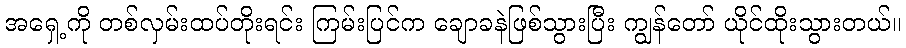
အရှေ့ကို တစ်လှမ်းထပ်တိုးရင်း ကြမ်းပြင်က ချောခနဲဖြစ်သွားပြီး ကျွန်တော် ယိုင်ထိုးသွားတယ်။